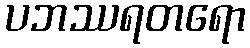
ပဘဿရတရော